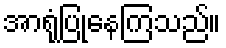
အာရုံပြုနေကြသည်။